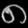
Digit: ၈